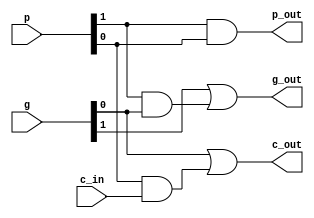
/************************************************
  The Verilog HDL code example is from the book
  Computer Principles and Design in Verilog HDL
  by Yamin Li, published by A JOHN WILEY & SONS
************************************************/
module gp (g,p,c_in,g_out,p_out,c_out); // carry generator, carry propagator
    input [1:0] g, p;                       // lower  level 2-set of g, p
    input       c_in;                       // lower  level carry_in
    output      g_out,p_out,c_out;          // higher level g, p, carry_out
    assign      g_out = g[1] | p[1] & g[0]; // higher level carry generator
    assign      p_out = p[1] & p[0];        // higher level carry propagator
    assign      c_out = g[0] | p[0] & c_in; // higher level carry_out
endmodule